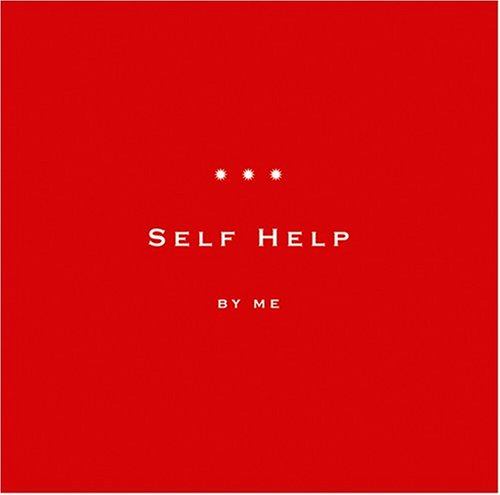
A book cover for Self Help; Jacqui Lumer; Health, Fitness & Dieting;